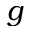
g